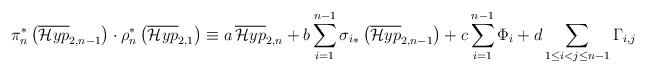
LaTeX: \begin{align*}\pi_n^*\left(\overline{\mathcal{H}yp}_{2,n-1}\right) \cdot \rho_n^*\left(\overline{\mathcal{H}yp}_{2,1}\right) \equiv a \,\overline{\mathcal{H}yp}_{2,n} + b \sum_{i=1}^{n-1} {\sigma_{i}}_\ast\left( \overline{\mathcal{H}yp}_{2,n-1} \right)+ c \sum_{i=1}^{n-1} \Phi_i+ d \sum_{1\leq i<j\leq n-1} \Gamma_{i,j}\end{align*}